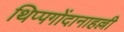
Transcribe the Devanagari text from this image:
थिप्पगोंदानाहल्ली